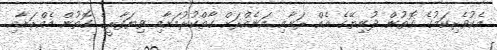
އެކުވެރިކަމުގެ ގޮތުން ދުނިޔޭގެ އެއް ރަށާއި އަނެއްރަށް ގާތްކުރުމަށާއި ވިޔަފާރީގެ ގޮތުން އެއްރަށާއި